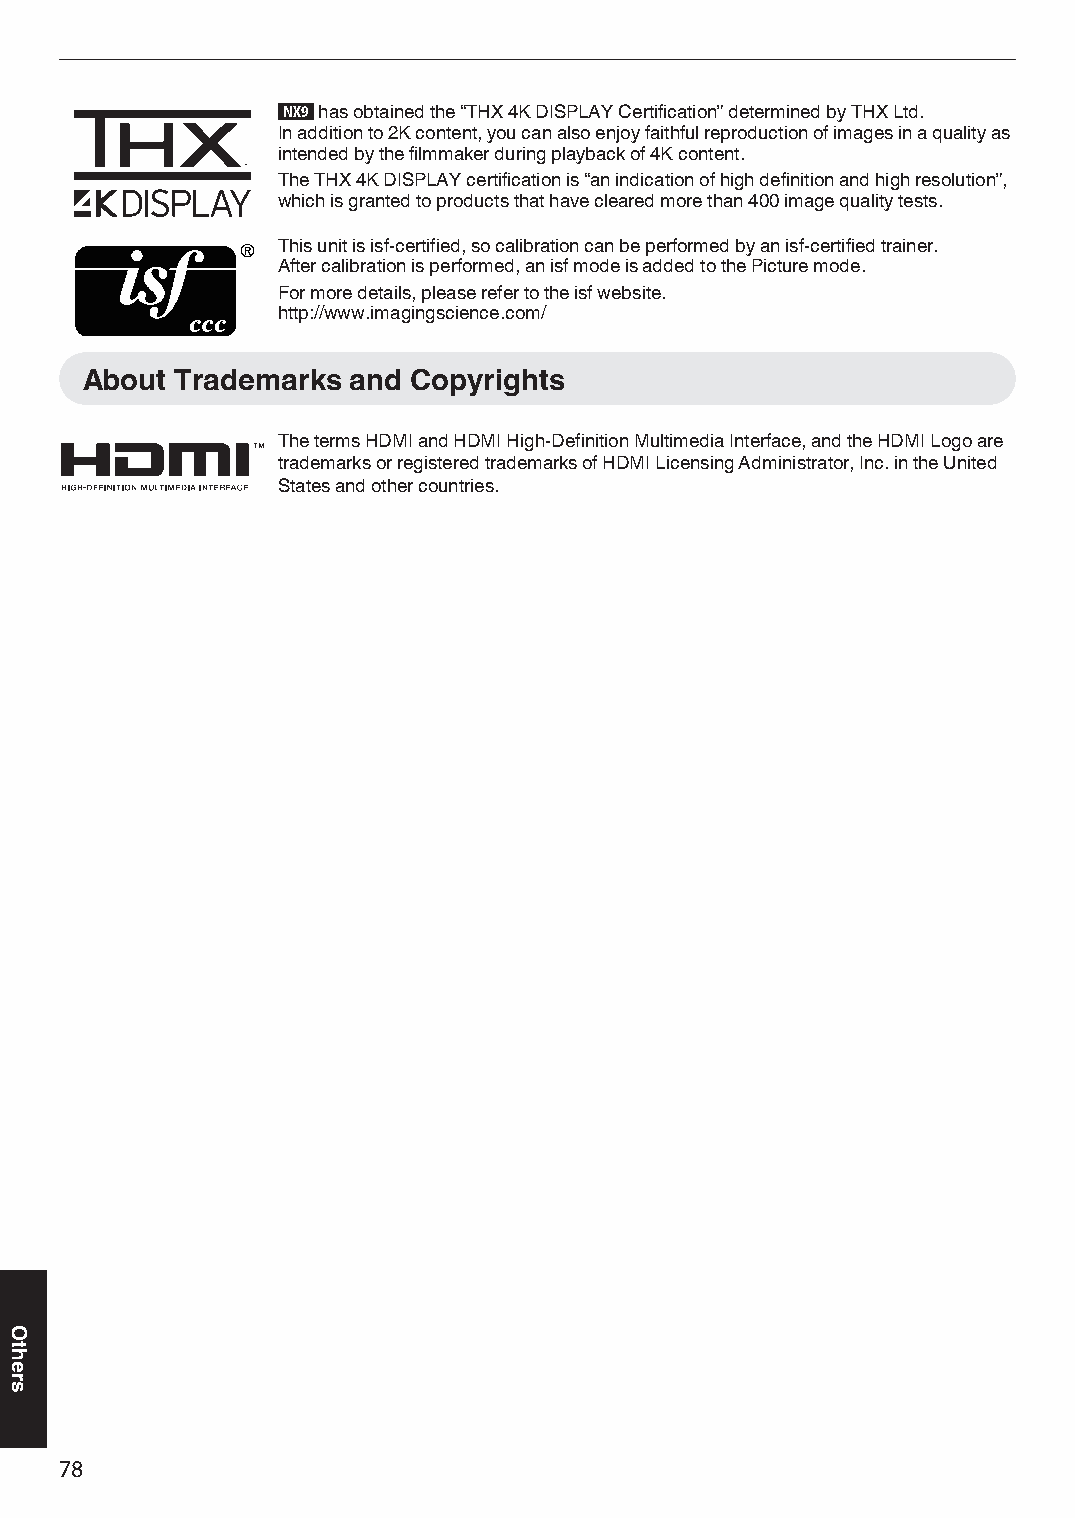
k  has obtained the “THX 4K DISPLAY Certification” determined by THX Ltd.
 In addition to 2K content, you can also enjoy faithful reproduction of images in a quality as
 intended by the filmmaker during playback of 4K content.
 The THX 4K DISPLAY certification is “an indication of high definition and high resolution”,
 which is granted to products that have cleared more than 400 image quality tests.
 ® This unit is isf-certified, so calibration can be performed by an isf-certified trainer.
 After calibration is performed, an isf mode is added to the Picture mode.
 For more details, please refer to the isf website.
 http://www.imagingscience.com/
 About  Trademarks and Copyrights
 The terms HDMI and HDMI High-Definition Multimedia Interface, and the HDMI Logo are
 trademarks or registered trademarks of HDMI Licensing Administrator, Inc. in the United
 States and other countries.
 78
 Others